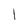
Character: l